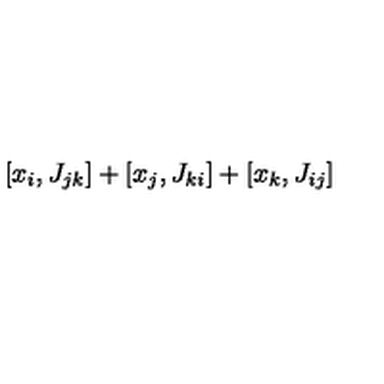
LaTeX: [ x _ { i } , J _ { j k } ] + [ x _ { j } , J _ { k i } ] + [ x _ { k } , J _ { i j } ]